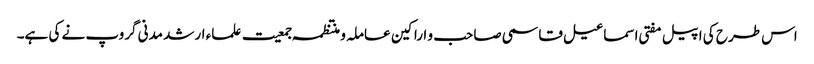
اس طرح کی اپیل مفتی اسماعیل قاسمی صاحب و اراکین عاملہ و منتظمہ جمعیت علماء ارشد مدنی گروپ نے کی ہے۔